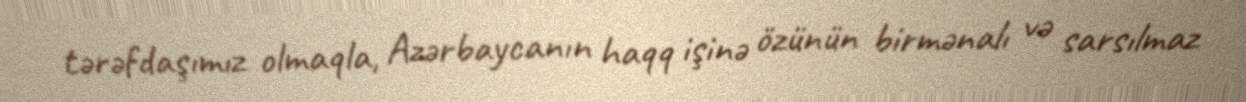
tərəfdaşımız olmaqla, Azərbaycanın haqq işinə özünün birmənalı və sarsılmaz